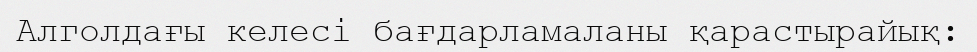
Алголдағы келесі бағдарламаланы қарастырайық: